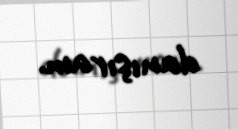
danışıram.